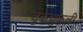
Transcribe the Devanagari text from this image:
चुकचुकली